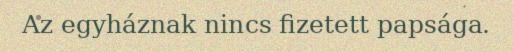
Az egyháznak nincs fizetett papsága.